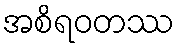
အစိရဝတဿ